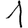
Digit: 1